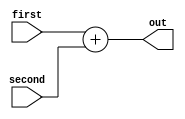

module Adder #(parameter  BIT_NUMBER = 32)
  (input [BIT_NUMBER-1:0] first, second, output [BIT_NUMBER-1:0] out);
  assign out = first + second;
endmodule